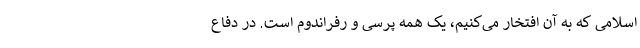
اسلامی که به آن افتخار می‌کنیم، یک همه پرسی و رفراندوم است. در دفاع